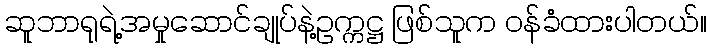
ဆူဘာရုရဲ့အမှုဆောင်ချုပ်နဲ့ဥက္ကဋ္ဌ ဖြစ်သူက ဝန်ခံထားပါတယ်။